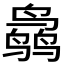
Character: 𱊜